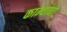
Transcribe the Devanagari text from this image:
काम्यानां